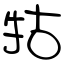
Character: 牯